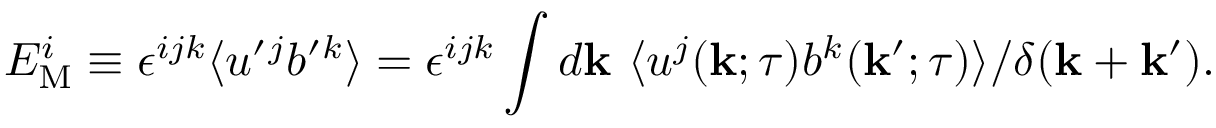
E _ { \mathrm { { M } } } ^ { i } \equiv \epsilon ^ { i j k } \langle { u ^ { \prime } { } ^ { j } b ^ { \prime } { } ^ { k } } \rangle = \epsilon ^ { i j k } \int d { \bf { k } } \ \langle { u ^ { j } ( { \bf { k } } ; \tau ) b ^ { k } ( { \bf { k } } ^ { \prime } ; \tau ) } \rangle / \delta ( { \bf { k } } + { \bf { k } } ^ { \prime } ) .